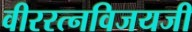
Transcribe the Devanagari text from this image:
वीररत्नविजयजी